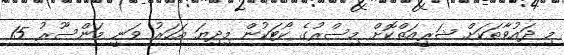
މި ދައުވާތަކަށް ޝަރީއަތްކޮށް މިސްރުގެ ކޯޓަކުން މިދިޔަ އަހަރު ވަނީ މަންސޫރު 15